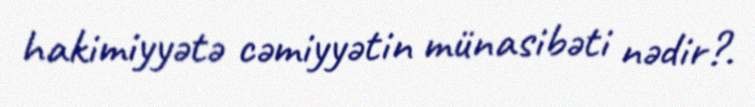
hakimiyyətə cəmiyyətin münasibəti nədir?.